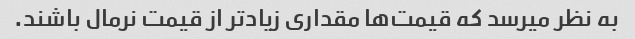
به نظر میرسد که قیمت‌ها مقداری زیادتر از قیمت نرمال باشند.